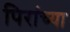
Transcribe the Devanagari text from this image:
पिरांच्या